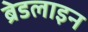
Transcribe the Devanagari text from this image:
ब्रेडलाइन